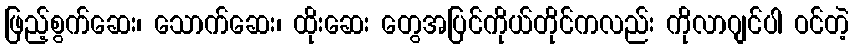
ဖြည့်စွက်ဆေး၊ သောက်ဆေး၊ ထိုးဆေး တွေအပြင်ကိုယ်တိုင်ကလည်း ကိုလာဂျင်ပါ ဝင်တဲ့